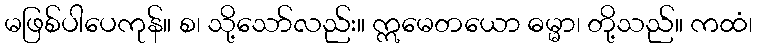
မဖြစ်ပါပေကုန်။ စ၊ သို့သော်လည်း။ ဣမေတယော ဓမ္မာ၊ တို့သည်။ ကထံ၊